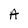
Character: A